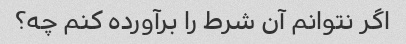
اگر نتوانم آن شرط را برآورده کنم چه؟